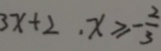
3 x + 2 \cdot x \geq - \frac { 2 } { 3 }